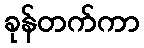
ခုန်တက်ကာ